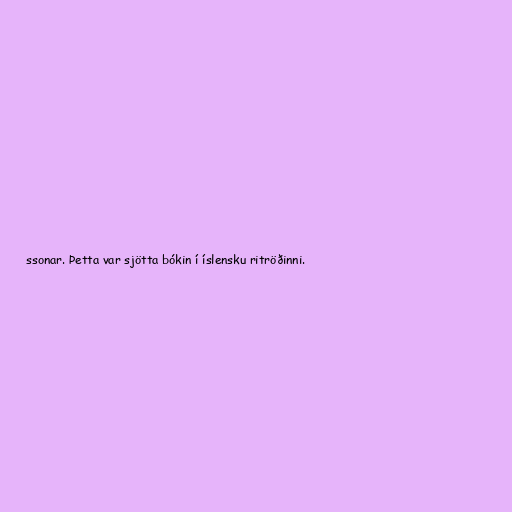
ssonar. Þetta var sjötta bókin í íslensku ritröðinni.